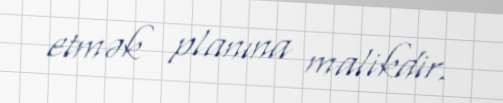
etmək planına malikdir.